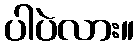
ပါပဲလား။